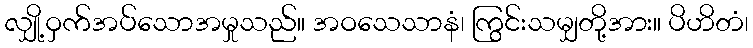
လျှို့ဝှက်အပ်သောအမှုသည်။ အဝသေသာနံ၊ ကြွင်းသမျှတို့အား။ ပိဟိတံ၊